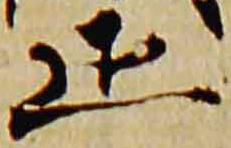
正